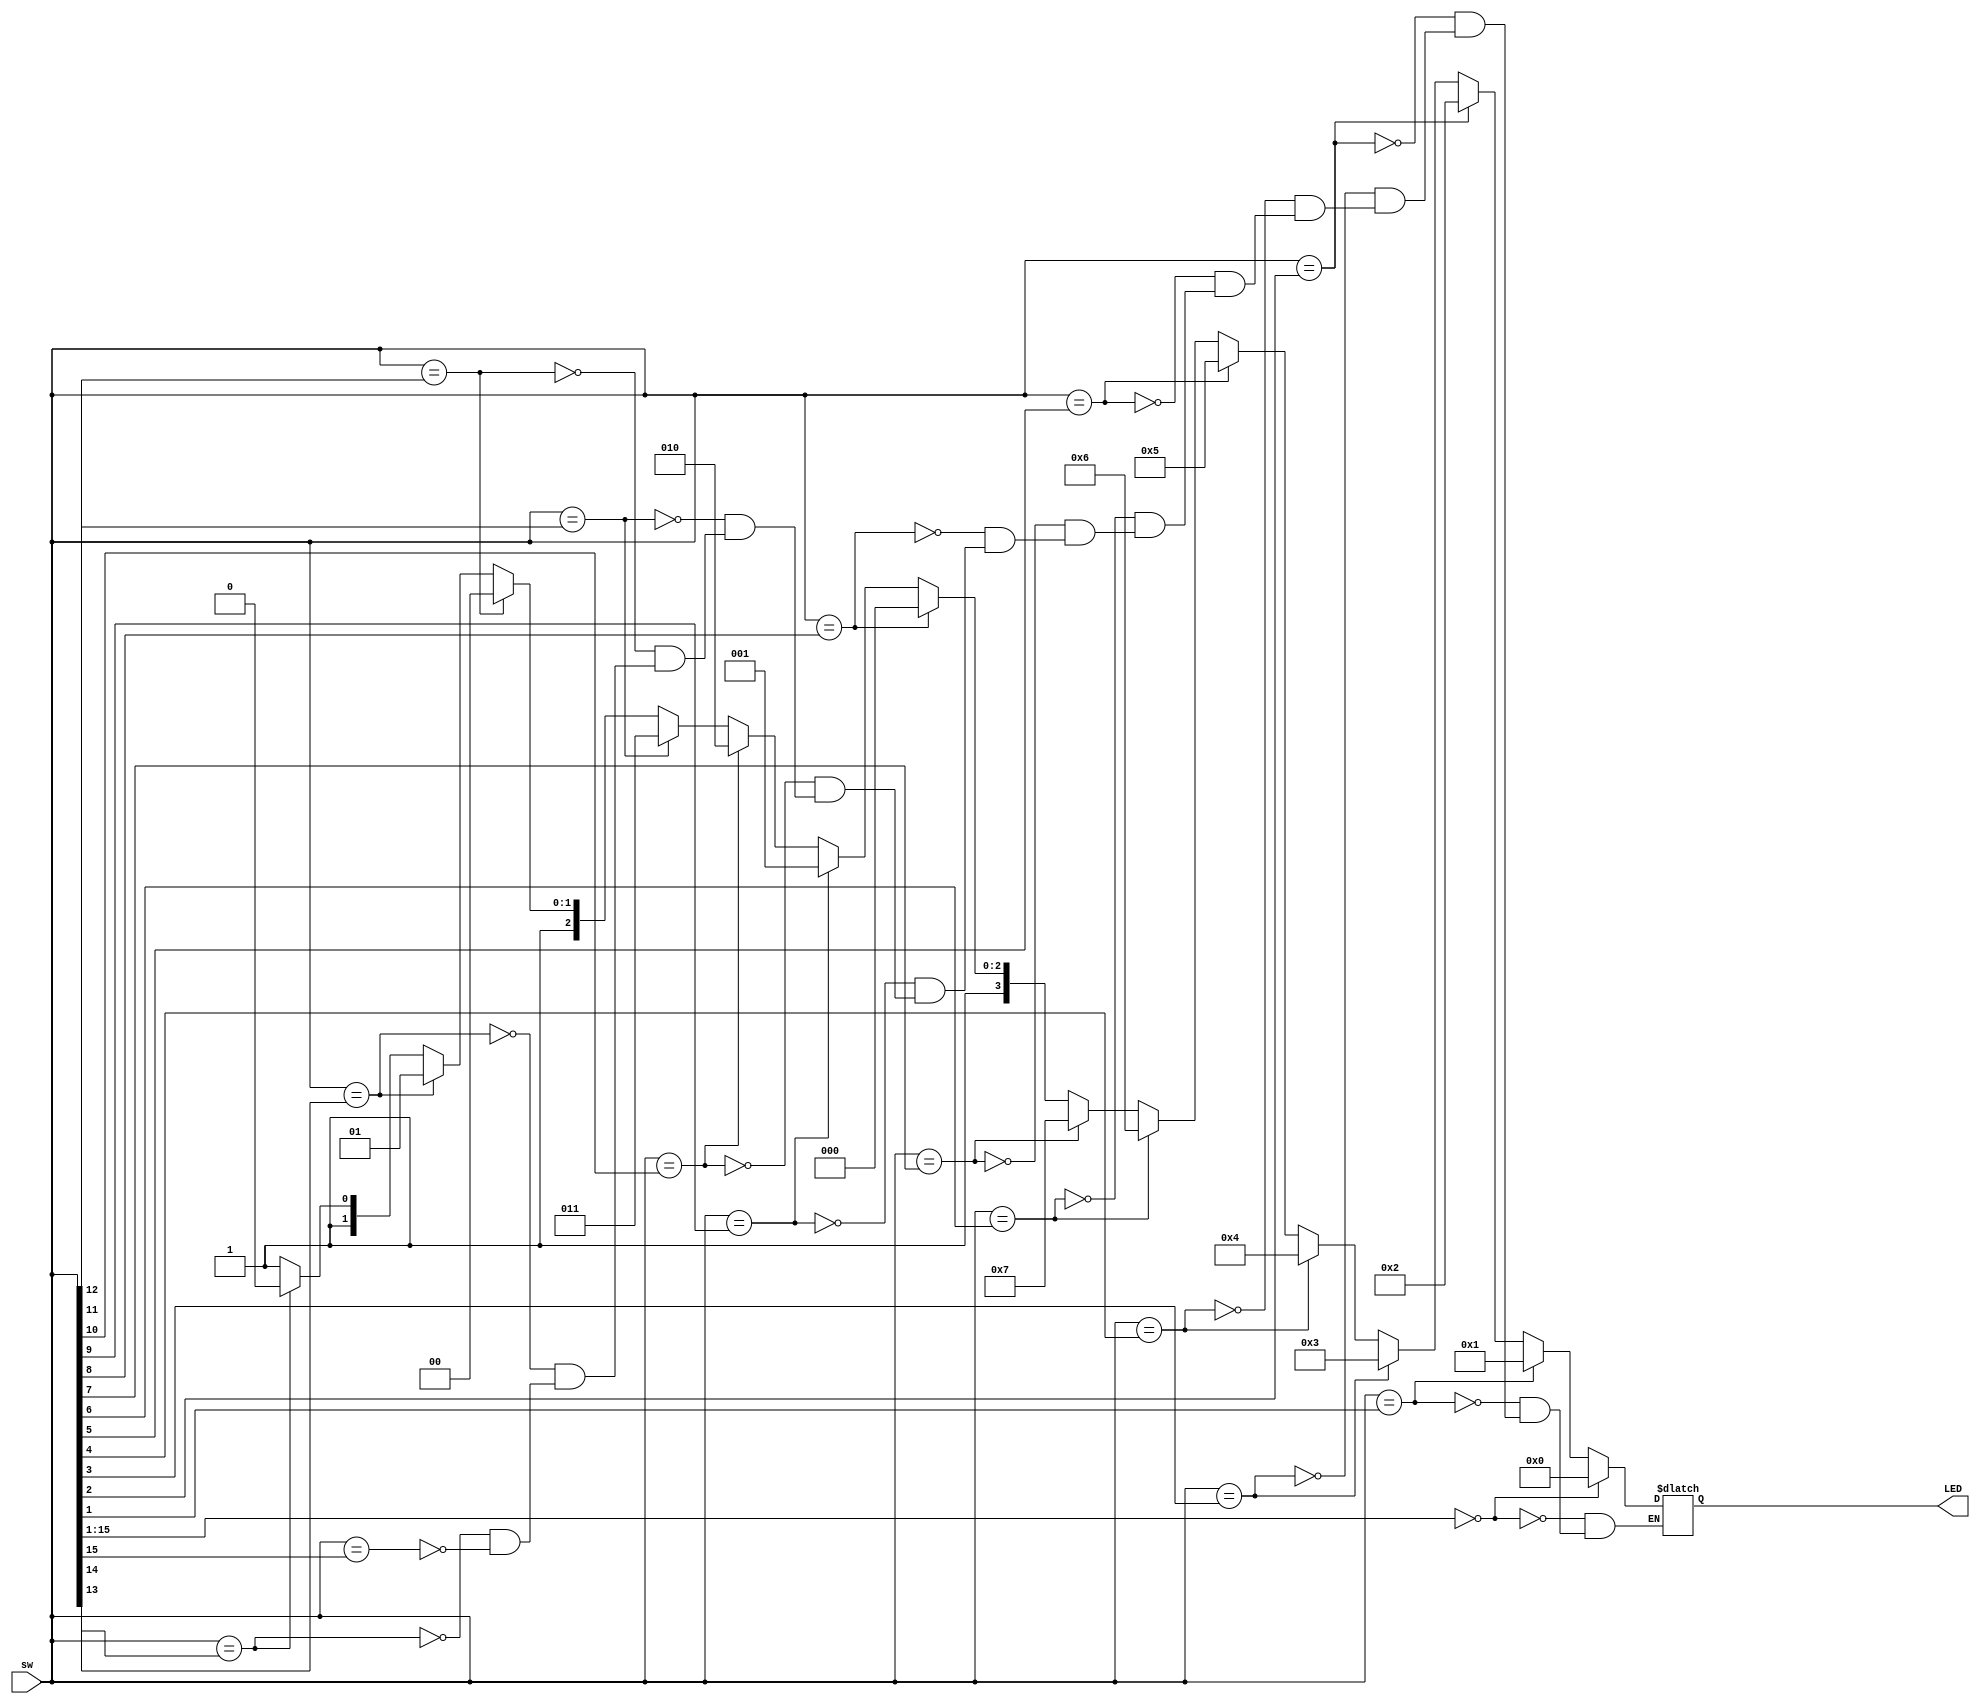
`timescale 1ns / 1ps

// Having fun with BASYS 3 FPGA board
// Encoding 16 switches into 4 LEDs

module encoder16(
    input [15:0] sw,
    output reg [3:0] LED
    );
    
always @(sw)
begin
    case(sw)
        sw[0] : LED = 4'b0000;
        sw[1] : LED = 4'b0001;
        sw[2] : LED = 4'b0010;
        sw[3] : LED = 4'b0011;
        sw[4] : LED = 4'b0100;
        sw[5] : LED = 4'b0101;
        sw[6] : LED = 4'b0110;
        sw[7] : LED = 4'b0111;
        sw[8] : LED = 4'b1000;
        sw[9] : LED = 4'b1001;
        sw[10]: LED = 4'b1010;
        sw[11]: LED = 4'b1011;
        sw[12]: LED = 4'b1100;
        sw[13]: LED = 4'b1101;
        sw[14]: LED = 4'b1110;
        sw[15]: LED = 4'b1111;
    endcase
end    
 
endmodule